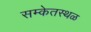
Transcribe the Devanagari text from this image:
सम्केतस्थळ